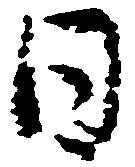
日